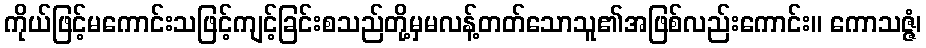
ကိုယ်ဖြင့်မကောင်းသဖြင့်ကျင့်ခြင်းစသည်တို့မှမလန့်တတ်သောသူ၏အဖြစ်လည်းကောင်း။ ကောသဇ္ဇံ၊